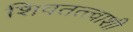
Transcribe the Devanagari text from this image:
शिवतत्त्वाशी